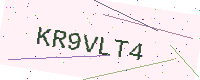
Text: KR9VLT4